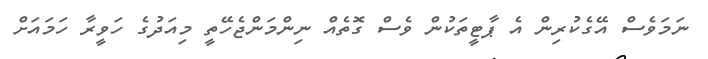
ނަމަވެސް އޭގެކުރިން އެ ޕާޓީތަކުން ވެސް ގޮތެއް ނިންމަންޖެހޭތީ މިއަދުގެ ހަވީރާ ހަމައަށް